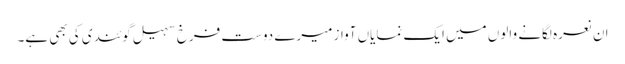
ان نعرہ لگانے والوں میں ایک نمایاں آواز میرے دوست فرخ سہیل گوئندی کی بھی ہے۔